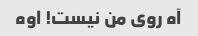
آه روی من نیست! اوه